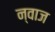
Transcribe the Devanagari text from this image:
न्वाज